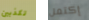
تكذبين إكتمل